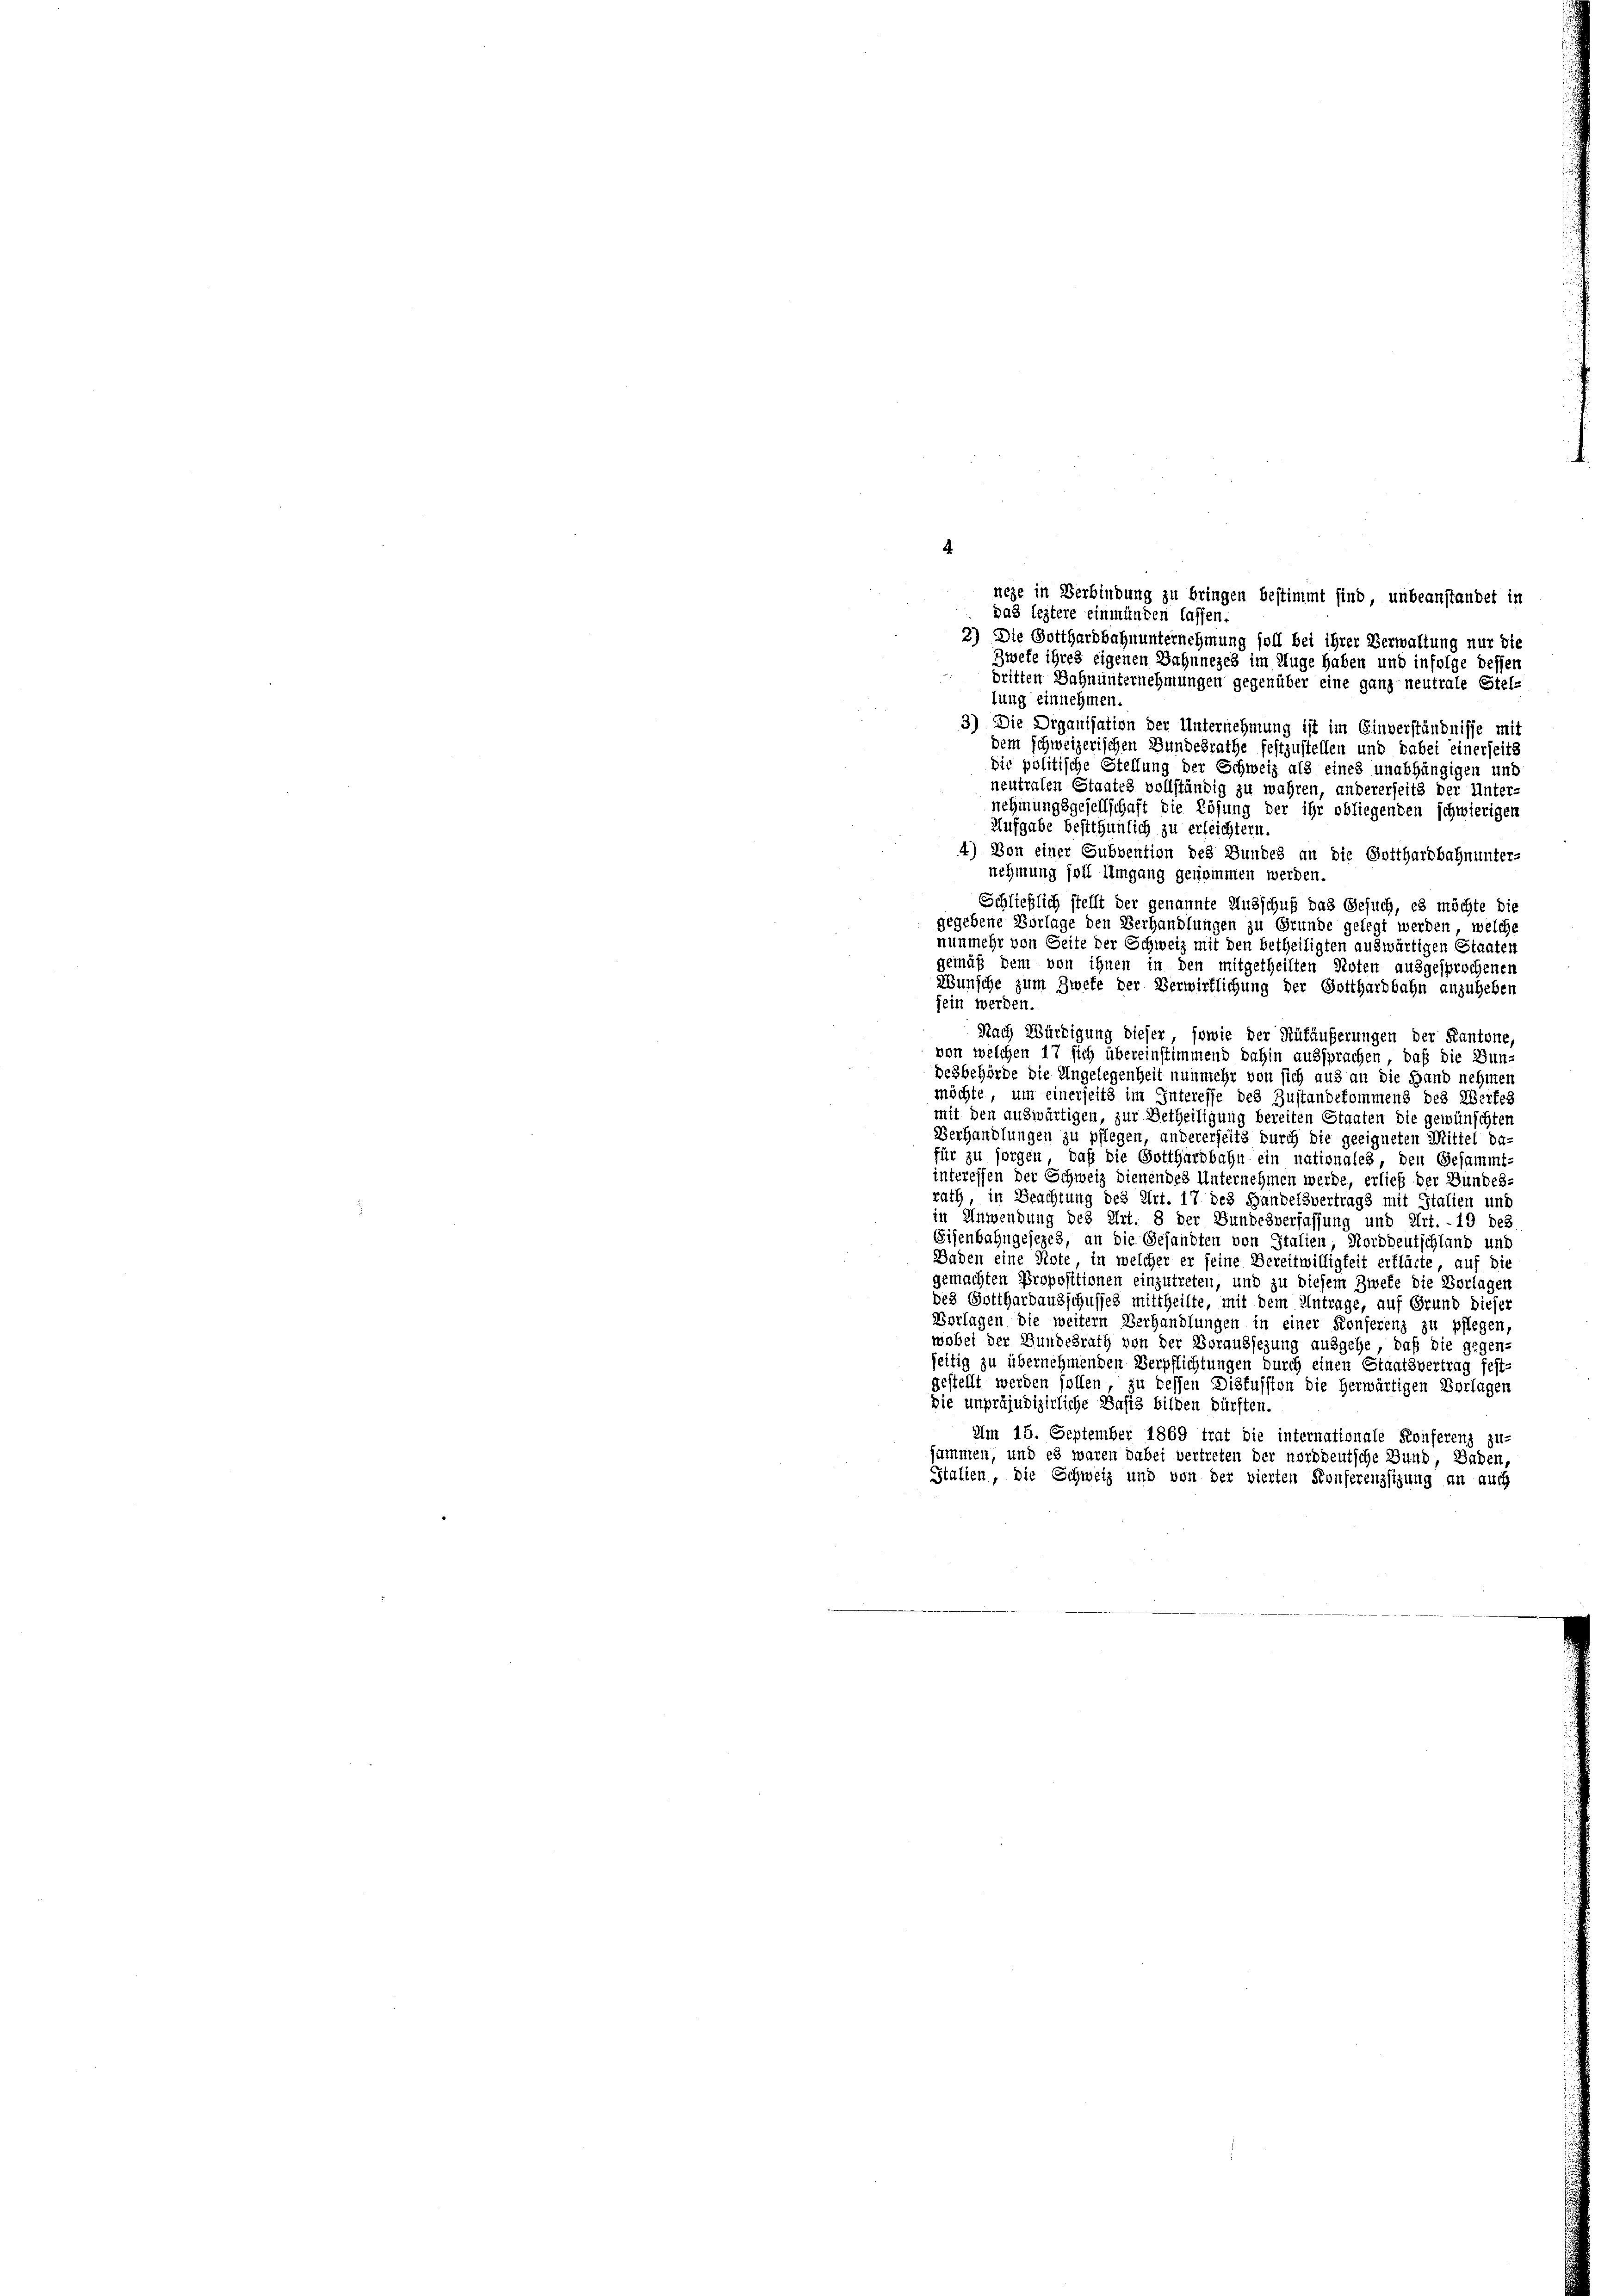
lung einnehmen.
3) Die Organisation der Unternehmung ist im Einverständnisse mit
dem schweizerischen Bundesrathe festzustellen und dabei einerseits
Die politische Stellung der Schweiz als eines unabhängigen und
neutralen Staates vollständig zu wahren, andererseits der Unter-
nehmungsgesellschaft die Lösung der ihr obliegenden schwierigen
Aufgabe bestthunlich zu erleichtern.
4) Von einer Subvention des Bundes an die Gotthardbahnunter-
nehmung soll Umgang genommen werden.
Schließlich stellt der genannte Ausschuß das Gesuch, es möchte die
gegebene Vorlage den Verhandlungen zu Grunde gelegt werden, welche
nunmehr von Seite der Schweiz mit den betheiligten auswärtigen Staaten
gemäß dem von ihnen in den mitgetheilten Noten ausgesprochenen
Wünsche zum Zweke der Verwirflichung der Gotthardbahn anzuheben
fein werden.
Nach Würdigung dieser, sowie der Rüfäußerungen der Kantone,
von welchen 17 sich übereinstimmend dahin aussprachen, daß die Bun-
desbehörde die Angelegenheit nunmehr von sich aus an die Hand nehmen
möchte, um einerseits im Interesse des Zustandekommens des Wertes
mit den auswärtigen, zur Betheiligung bereiten Staaten die gewünschten
Verhandlungen zu pflegen, andererseits durch die geeigneten Mittel da-
für zu sorgen, daß die Gotthardbahn ein nationales, den Gesammt-
interessen der Schweiz dienendes Unternehmen werde, erließ der Bundes-
rath, in Beachtung des Art. 17 des Handelsvertrags mit Italien und
in Anwendung des Art. 8 der Bundesverfassung und Art. - 19 des
Eisenbahngesezes, an die Gesandten von Italien, Norddeutschland und
Baden eine Note in welcher er seine Bereitwilligkeit erklärte, auf die
gemachten Propositionen einzutreten, und zu diesem Zweke die Vorlagen
des Gotthardausschusses mittheilte, mit dem Antrage, auf Grund dieser
Vorlagen die weitern Verhandlungen in einer Konferenz zu pflegen,
wobei der Bundesrath von der Voraussezung ausgehe, daß die gegen-
seitig zu übernehmenden Verpflichtungen durch einen Staatsvertrag fest.
gestellt werden sollen, zu bessen Diskussion die herwärtigen Vorlagen
die unpräjudizirliche Basis bilden dürften.
Am 15. September 1869 trat die internationale Konferenz zu-
jammen, und es waren dabei vertreten der norddeutsche Bund, Baden,
Stalien, die Schweiz und von der vierten Konferenzsizung an auch

.
nege in Verbindung zu bringen bestimmt sind, unbeanstandet in
das leztere einmünden lassen.
3) Die Gotthardbahnunternehmung soll bei ihrer Verwaltung nur die
Zwete ihres eigenen Bahnneges im Auge haben und infolge dessen
britten Bahnunternehmungen gegenüber eine ganz neutrale Stel-